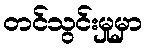
တင်သွင်းမှုမှာ